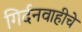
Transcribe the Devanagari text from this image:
गिर्दनवाहीचे